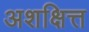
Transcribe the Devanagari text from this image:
अशक्षित्त